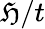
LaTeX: \mathfrak{H}/t